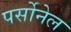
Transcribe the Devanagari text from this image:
पर्सोनेल